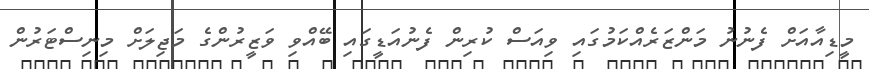
މީޑިއާއަށް ފެނުނު މަންޒަރެއްކަމުގައި ވިއަސް ކުރިން ފެނުއަޑީގައި ބޭއްވި ވަޒީރުންގެ މަޖިލަށް މިނިސްޓަރުން